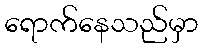
ရောက်နေသည်မှာ